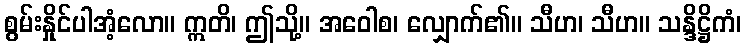
စွမ်းနှိုင်ပါအံ့လော။ ဣတိ၊ ဤသို့။ အဝေါစ၊ လျှောက်၏။ သီဟ၊ သီဟ။ သန္ဒိဋ္ဌိကံ၊